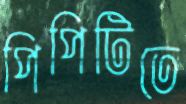
পিপিটিতে